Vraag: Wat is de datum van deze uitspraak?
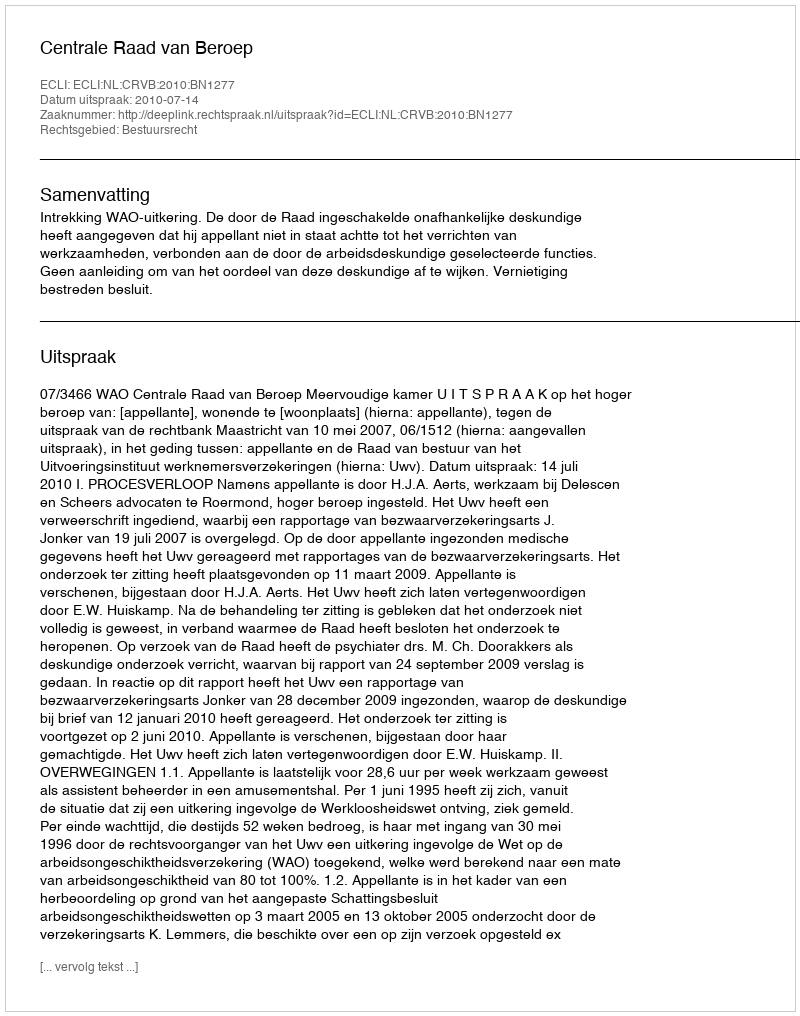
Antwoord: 2010-07-14